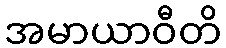
အမာယာဝီတိ